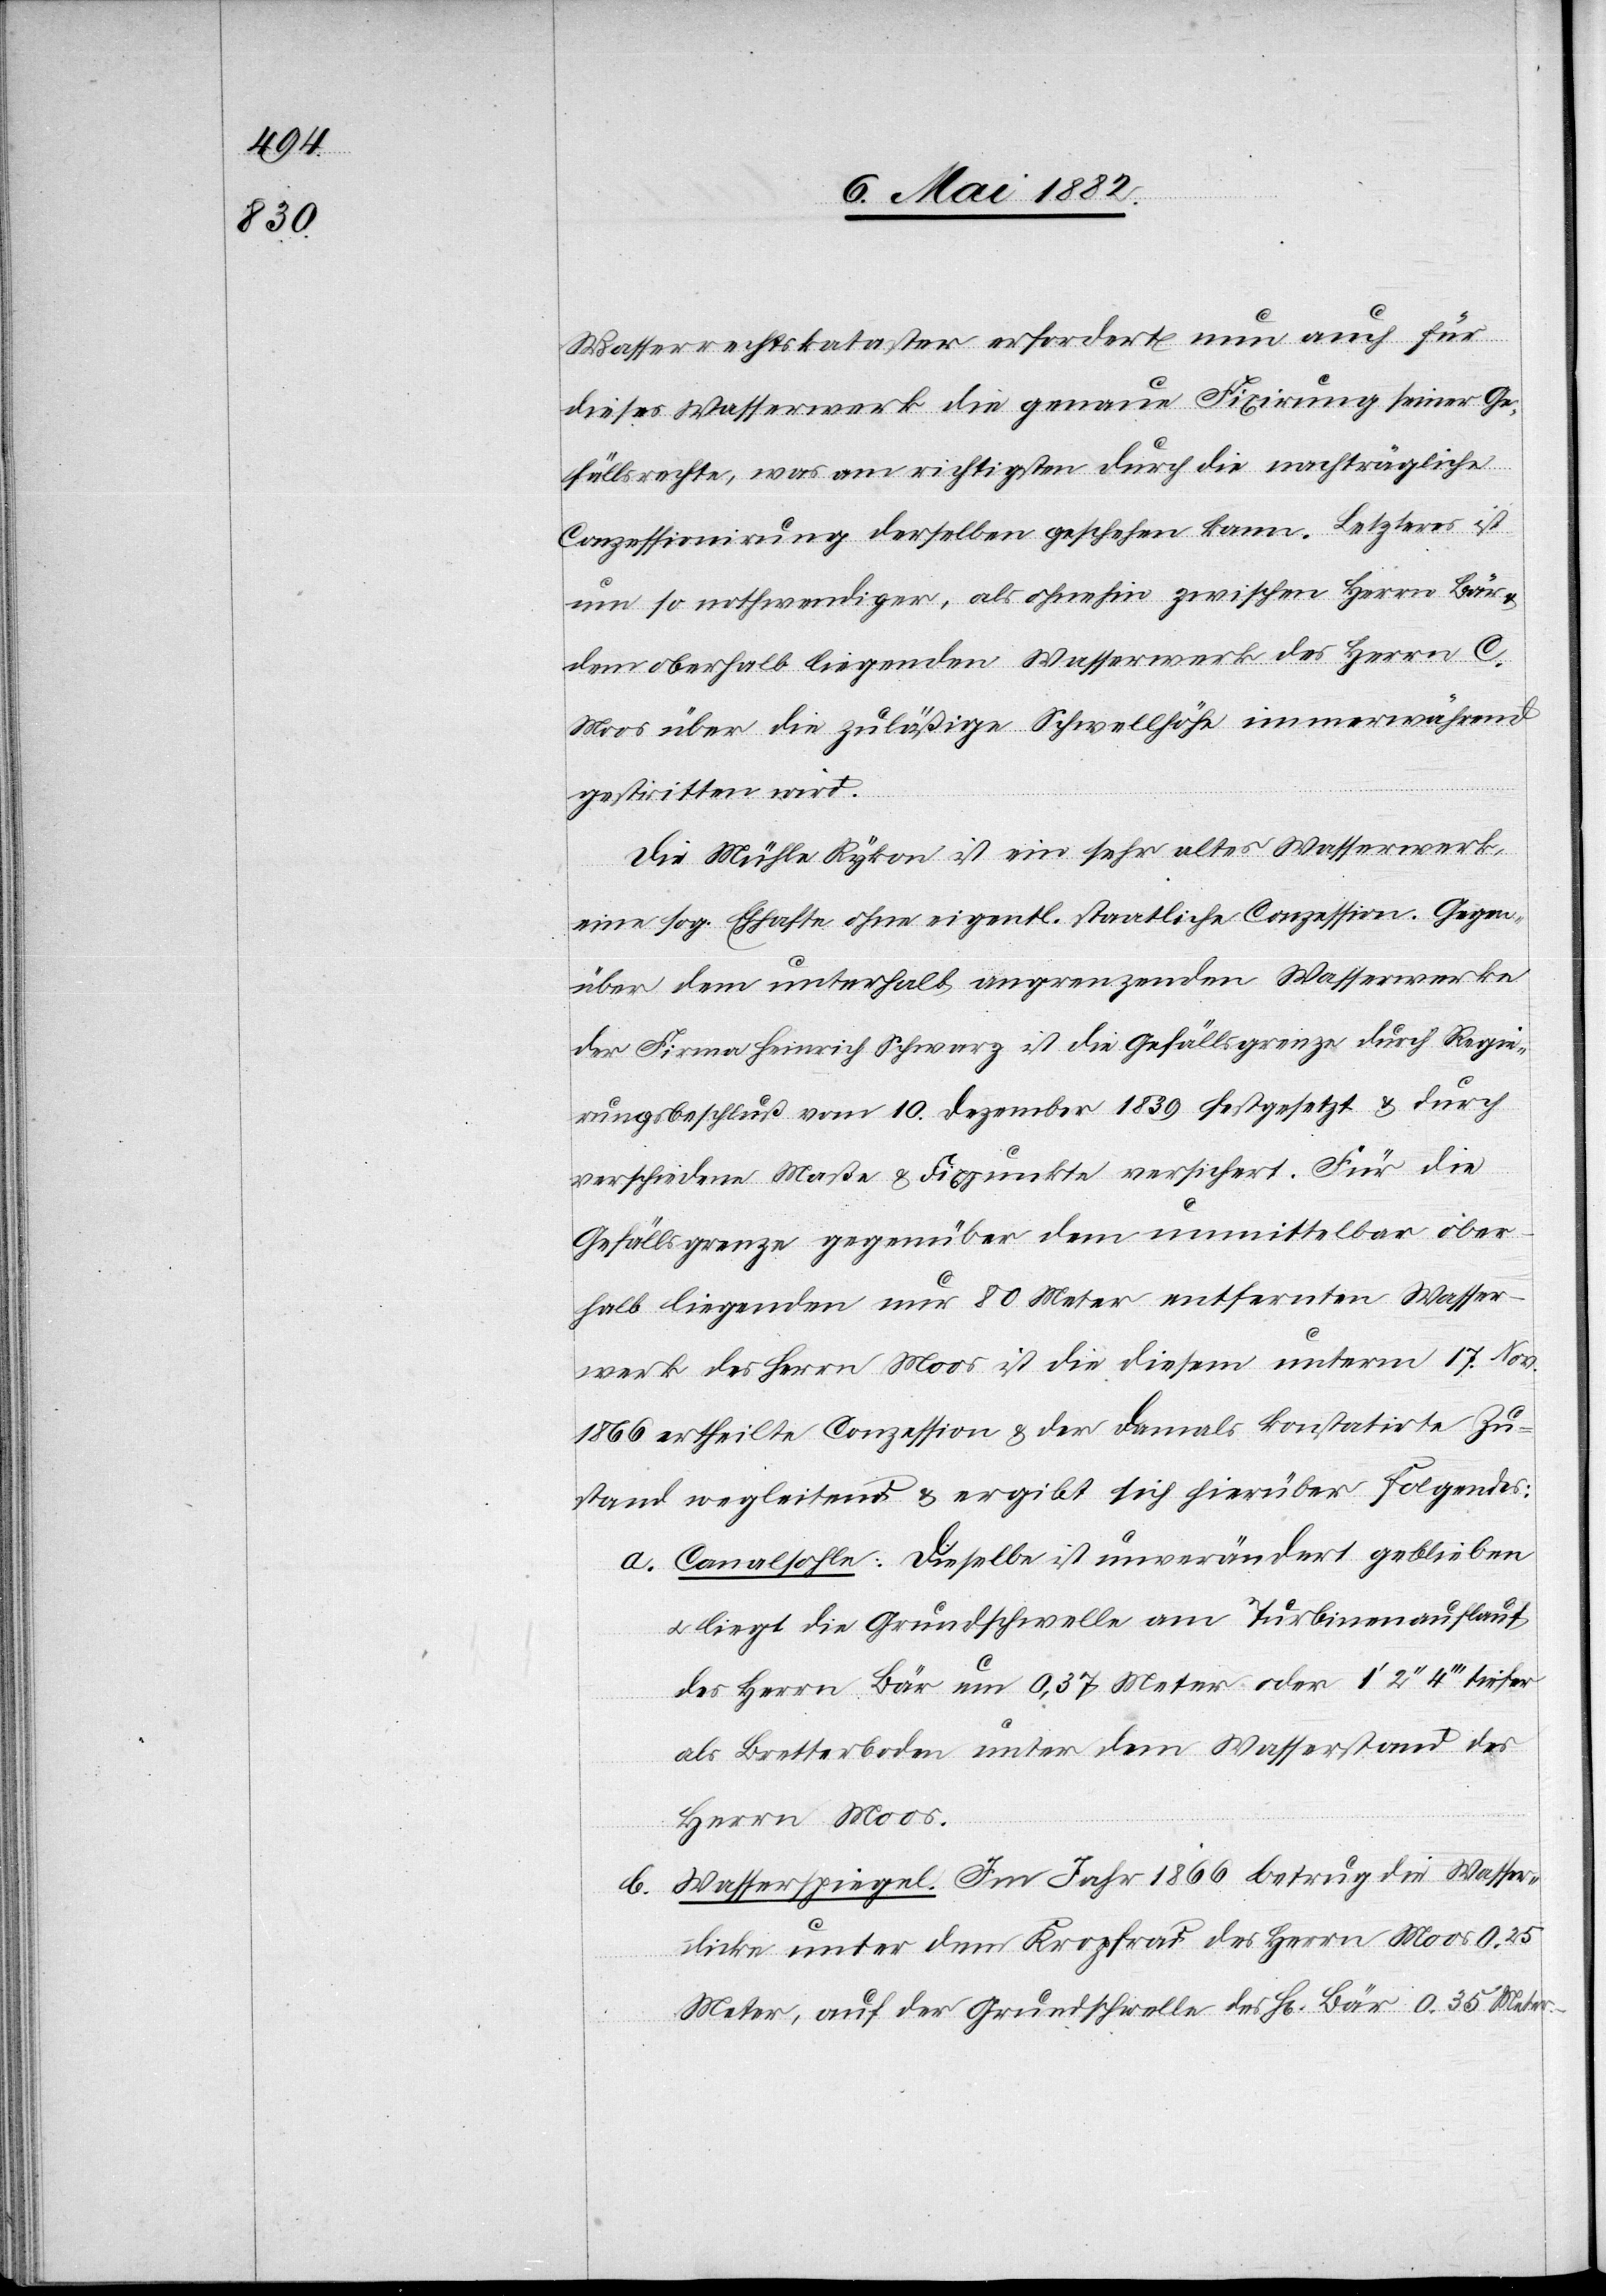
Wasserrechtskataster erfordert nun auch für
dieses Wasserwerk die genaue Fixirung seiner Ge¬
fällsrechte, was am richtigsten durch die nachträgliche
Conzessionirung derselben geschehen kann. Letzteres ist
um so nothwendiger, als ohnehin zwischen Herrn Bär
dem oberhalb liegenden Wasserwerk des Herrn C.
Moos über die zuläßige Schwellhöhe immerwährend
gestritten wird.
Die Mühle Rykon ist ein sehr altes Wasserwerk
eine sog. Ehhafte ohne eigentl. staatliche Konzession. Gegen¬
über dem unterhalb angrenzenden Wasserwerke
der Firma Heinrich Schwarz ist die Gefällsgrenze durch Regie¬
rungsbeschluß vom 10. Dezember 1839 festgesetzt & durch
verschiedene Maße & Fixpunkte versichert. Für die
Gefällsgrenze gegenüber dem unmittelbar ober¬
halb liegenden nur 80 Meter entfernten Wasser¬
werk des Herrn Moos ist die diesem unterm 17. Nov.
1866 ertheilte Conzession & der damals konstatirte Zu¬
stand wegleitend & ergibt sich hierüber Folgendes:
a. Canalsohle: Dieselbe ist unverändert geblieben
u. liegt die Grundschwelle am Turbinenauflauf
des Herrn Bär um 0,37 Meter oder 1’ 2’’ 4’’’ tiefer
als Bretterboden unter dem Wasserstand des
Herrn Moos.
Wasserspiegel: Im Jahr 1866 betrug die Wasser¬
b.
dicke unter dem Kropfrad des Herrn Moos 0,25
Meter, auf der Grundschwelle des H[rn]. Bär 0,35 Meter.